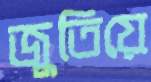
জুতিয়ে